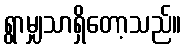
ရွာမျှသာရှိတော့သည်။